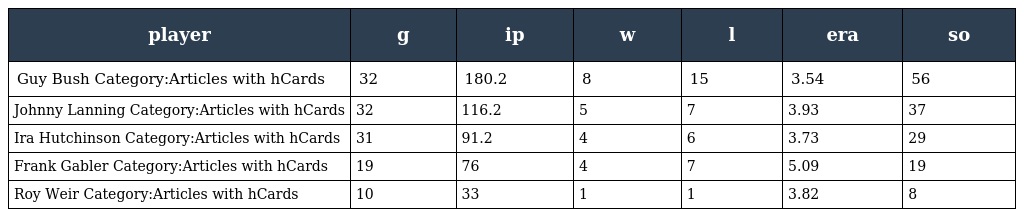
| player | g | ip | w | l | era | so |
 | --- | --- | --- | --- | --- | --- | --- |
 | Guy Bush Category:Articles with hCards | 32 | 180.2 | 8 | 15 | 3.54 | 56 |
 | Johnny Lanning Category:Articles with hCards | 32 | 116.2 | 5 | 7 | 3.93 | 37 |
 | Ira Hutchinson Category:Articles with hCards | 31 | 91.2 | 4 | 6 | 3.73 | 29 |
 | Frank Gabler Category:Articles with hCards | 19 | 76 | 4 | 7 | 5.09 | 19 |
 | Roy Weir Category:Articles with hCards | 10 | 33 | 1 | 1 | 3.82 | 8 |